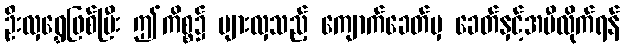
ဦးလှရွှေဖြစ်ပြီး ဤကိစ္စ၌ များလှသည့် ကျောက်ခေတ်မှ ခေတ်နှင့်အမီလိုက်ရန်